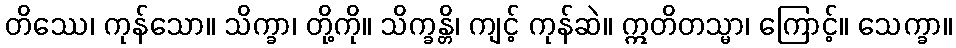
တိဿေ၊ ကုန်သော။ သိက္ခာ၊ တို့ကို။ သိက္ခန္တိ၊ ကျင့် ကုန်ဆဲ။ ဣတိတသ္မာ၊ ကြောင့်။ သေက္ခာ။